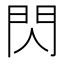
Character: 閃